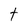
Character: t